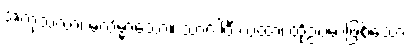
အကုသလာ၊ မလိမ္မာသော။ သာဂါဝီ ယထာ၊ ထိုဥပမာဖြစ်သော